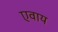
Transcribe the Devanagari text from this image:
एवाय